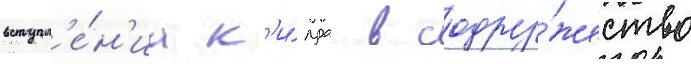
вступл'е́н'иа к'и́пра в содру́жество